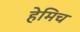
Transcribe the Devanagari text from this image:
हेमिच